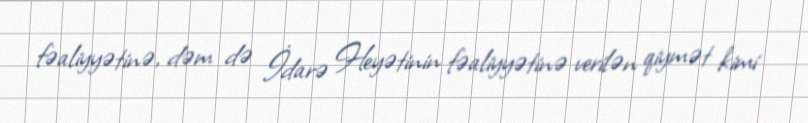
fəaliyyətinə, dəm də İdarə Heyətinin fəaliyyətinə verilən qiymət kimi